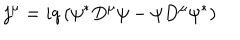
LaTeX: j ^ { \mu } = i q \left( \psi ^ { \ast } D ^ { \mu } \psi - \psi D ^ { \mu } \psi ^ { \ast } \right)